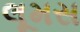
લૂમસ